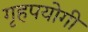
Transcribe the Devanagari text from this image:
गृहपयोगी